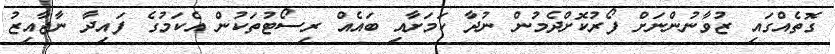
ގޮތެއްގައި ޒުވާނުންނަށް ފޯރުކޮށްދެމުން ނުދާ ކަމަށާއި ބައެއް ރިސޯޓުތަކުން އެކަމުގެ ފައިދާ ނާޖާއިޒު